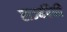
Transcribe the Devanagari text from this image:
राज्यंपैकी